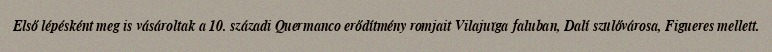
Első lépésként meg is vásároltak a 10. századi Quermanco erődítmény romjait Vilajuïga faluban, Dalí szülővárosa, Figueres mellett.